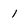
Character: 1